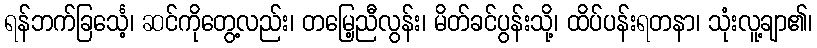
ရန်ဘက်ခြင်္သေ့၊ ဆင်ကိုတွေ့လည်း၊ တမြေ့ညီလွန်း၊ မိတ်ခင်ပွန်းသို့၊ ထိပ်ပန်းရတနာ၊ သုံးလူ့ချာ၏၊